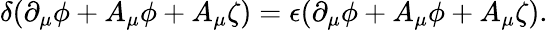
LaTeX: \delta(\partial_{\mu}\phi+A_{\mu}\phi+A_{\mu}\zeta)=\epsilon(\partial_{\mu}\phi+A_{\mu}\phi+A_{\mu}\zeta).